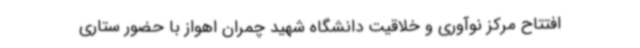
افتتاح مرکز نوآوری و خلاقیت دانشگاه شهید چمران اهواز با حضور ستاری